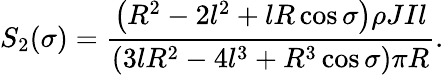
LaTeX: S_{2}(\sigma)=\frac{\left(R^{2}-2l^{2}+lR\cos\sigma\right)\rho JIl}{\left(3lR^{2}-4l^{3}+R^{3}\cos\sigma\right)\pi R}.